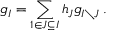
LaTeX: g _ { I } = \sum _ { 1 \in J \subseteq I } h _ { J } g _ { I \setminus J } \, .